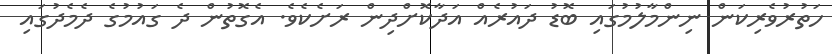
ހަތުރުވެރިކަން ނިންމާލުމުގައި ބޮޑު ދައުރެއް އަދާކޮށްދިން ރަށެކެވެ. އެގޮތުން ދެ ގައުމުގެ ދެމެދުގައި